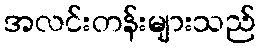
အလင်းတန်းများသည်